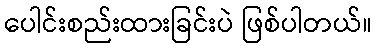
ပေါင်းစည်းထားခြင်းပဲ ဖြစ်ပါတယ်။